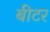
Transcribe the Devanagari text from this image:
बीटर